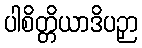
ပါစိတ္တိယာဒိပဉှာ